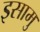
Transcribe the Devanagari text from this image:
इसामु